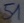
Text: 51